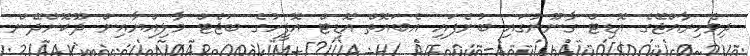
ދިވެހިރާއްޖޭގެ އޮޑިޓް ގާނޫނުގައި ބުނެފައި އެބައޮތް އޮޑިޓް އޮފީހުގެ ބަޖެޓް މާލިއްޔާއިން ދޫކޮށްދޭން